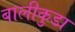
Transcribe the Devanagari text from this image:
बालीकुडा